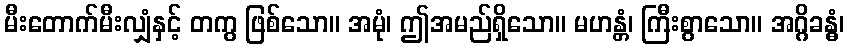
မီးတောက်မီးလျှံနှင့် တကွ ဖြစ်သော။ အမုံ၊ ဤအမည်ရှိသော။ မဟန္တံ၊ ကြီးစွာသော။ အဂ္ဂိခန္ဓံ၊